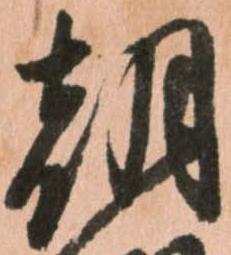
朝